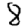
Digit: 8